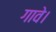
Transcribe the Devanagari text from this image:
गावे।